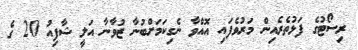
ރިސޯޓުގެ ފަޅުތެރެއިން މަރުވެފައި އޮއްވާ ނެގިކަމަށްބުނާ ޒުވާނާ އަލީ ޝާފިއު 20 ގެ